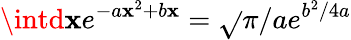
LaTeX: \intd\mathbf{x}e^{-a\mathbf{x}^{2}+b\mathbf{x}}=\sqrt{}{{\pi/a}}e^{b^{2}/4a}